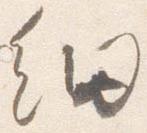
細